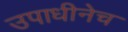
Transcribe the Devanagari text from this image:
उपाधीनेच